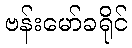
ဗန်းမော်ခရိုင်